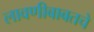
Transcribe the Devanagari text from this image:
लावणीबाबतचे